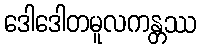
ဒေါဒေါတမူလကန္တဿ